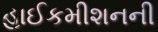
હાઈકમીશનની